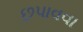
છપાવવા